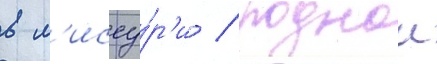
в м'иссу́р'и / роднои